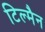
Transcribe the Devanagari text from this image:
टिल्मैन